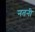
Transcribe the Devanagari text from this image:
नतनी